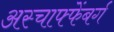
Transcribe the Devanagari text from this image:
अस्चाफ्फेंबर्ग